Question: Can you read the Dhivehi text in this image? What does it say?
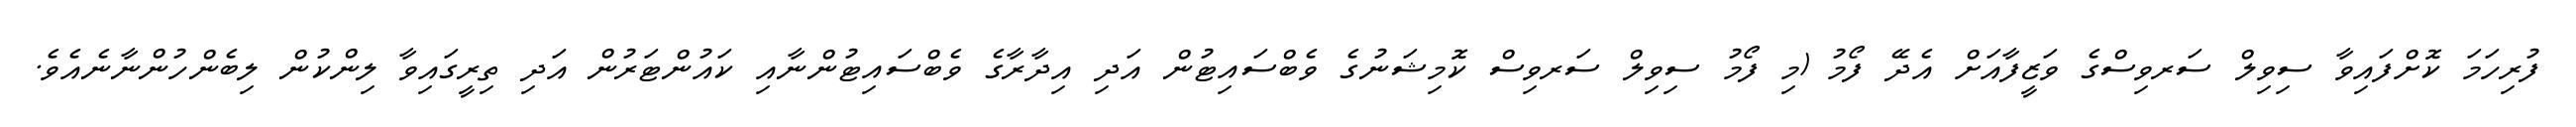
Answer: ފުރިހަމަ ކޮށްފައިވާ ސިވިލް ސަރވިސްގެ ވަޒީފާއަށް އެދޭ ފޯމު (މި ފޯމު ސިވިލް ސަރވިސް ކޮމިޝަނުގެ ވެބްސައިޓުން އަދި އިދާރާގެ ވެބްސައިޓުންނާއި ކައުންޓަރުން އަދި ތިރީގައިވާ ލިންކުން ލިބެންހުންނާނެއެވެ.